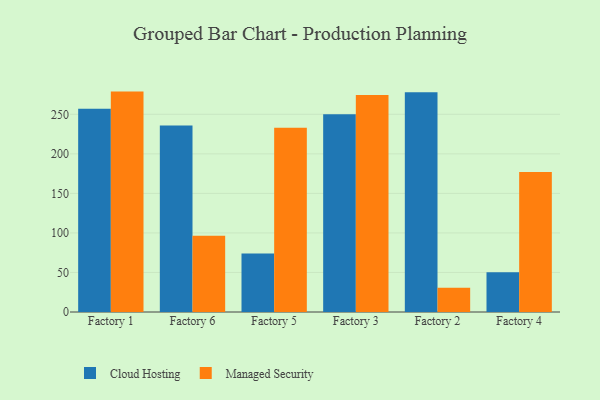
{"axis": {"x": "Factory", "y": "Shipments"}, "legend": ["Cloud Hosting", "Managed Security"], "data": [{"x": "Factory 1", "y": 257.0, "type": "Cloud Hosting"}, {"x": "Factory 1", "y": 278.7, "type": "Managed Security"}, {"x": "Factory 6", "y": 235.8, "type": "Cloud Hosting"}, {"x": "Factory 6", "y": 96.5, "type": "Managed Security"}, {"x": "Factory 5", "y": 73.9, "type": "Cloud Hosting"}, {"x": "Factory 5", "y": 232.9, "type": "Managed Security"}, {"x": "Factory 3", "y": 250.2, "type": "Cloud Hosting"}, {"x": "Factory 3", "y": 274.5, "type": "Managed Security"}, {"x": "Factory 2", "y": 278.0, "type": "Cloud Hosting"}, {"x": "Factory 2", "y": 30.8, "type": "Managed Security"}, {"x": "Factory 4", "y": 50.2, "type": "Cloud Hosting"}, {"x": "Factory 4", "y": 177.0, "type": "Managed Security"}]}